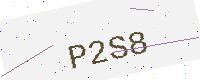
Text: P2S8